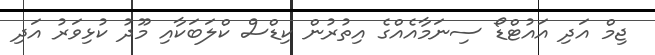
ޖިމް އަދި އައުޓްޑޯ ސިނަމާއެއްގެ އިތުރުން ކިޑްސް ކްލަބަކާއި މޫދު ކުޅިވަރު އަދި